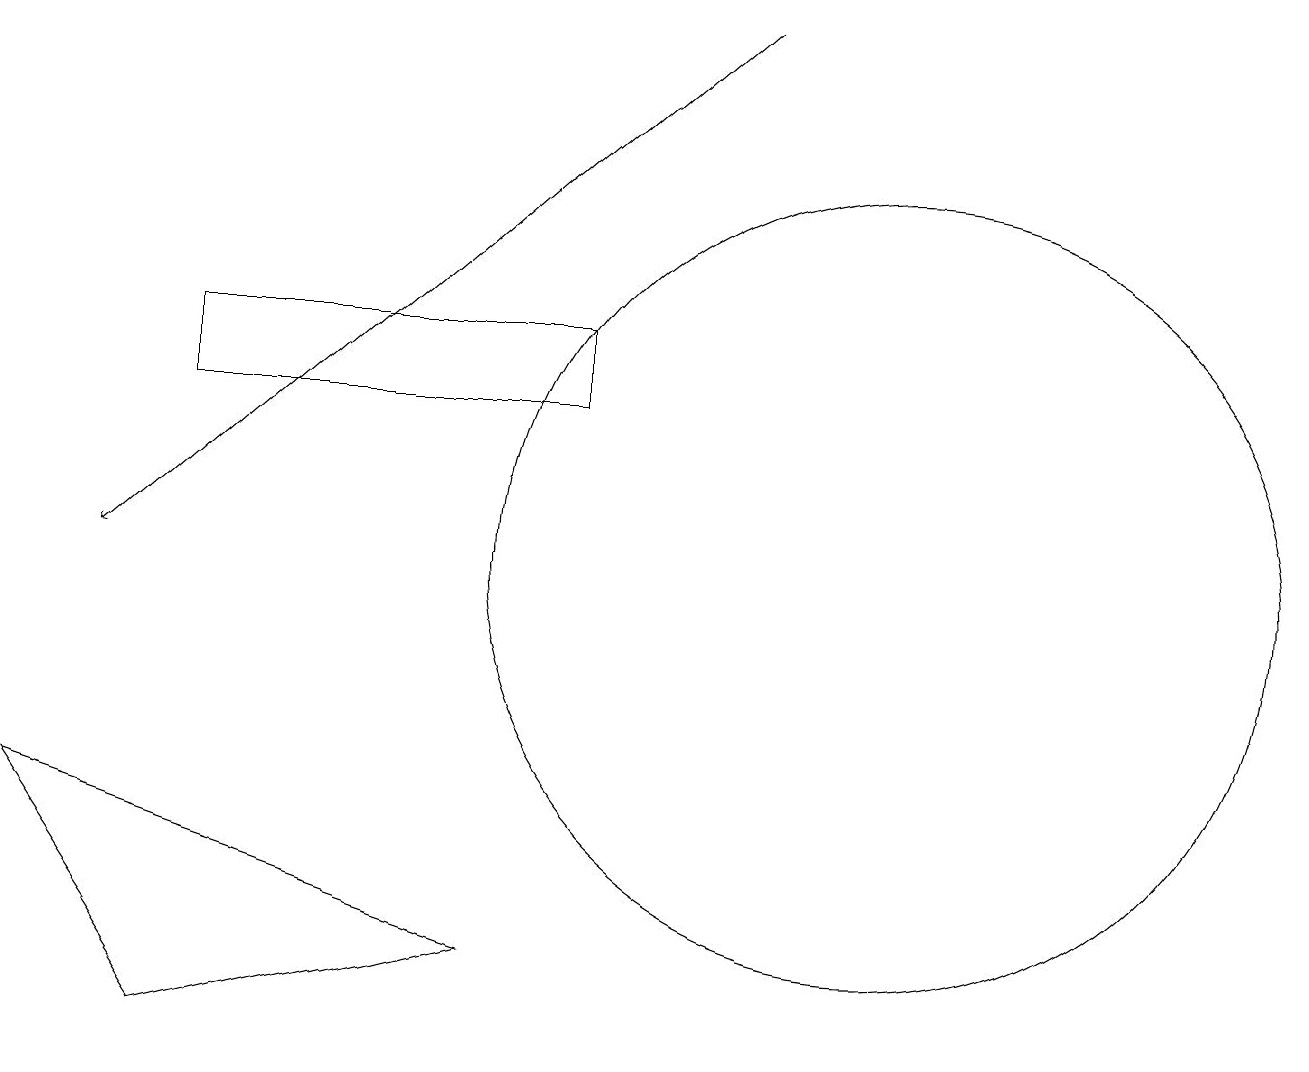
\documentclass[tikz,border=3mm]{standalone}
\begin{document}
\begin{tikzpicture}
\draw (2,4) -- (6,5) -- (0,7) -- cycle;
\draw (11,10) circle (5);
\draw[->] (9,17) -- (1,10);
\draw (2,13) rectangle (7,12);
\draw (5,12) rectangle (3,12);
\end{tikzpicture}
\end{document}